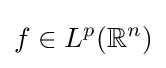
f\in L^{p}(\mathbb {R} ^{n})